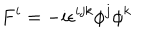
LaTeX: F ^ { i } = - i \epsilon ^ { i j k } \phi ^ { j } \phi ^ { k }